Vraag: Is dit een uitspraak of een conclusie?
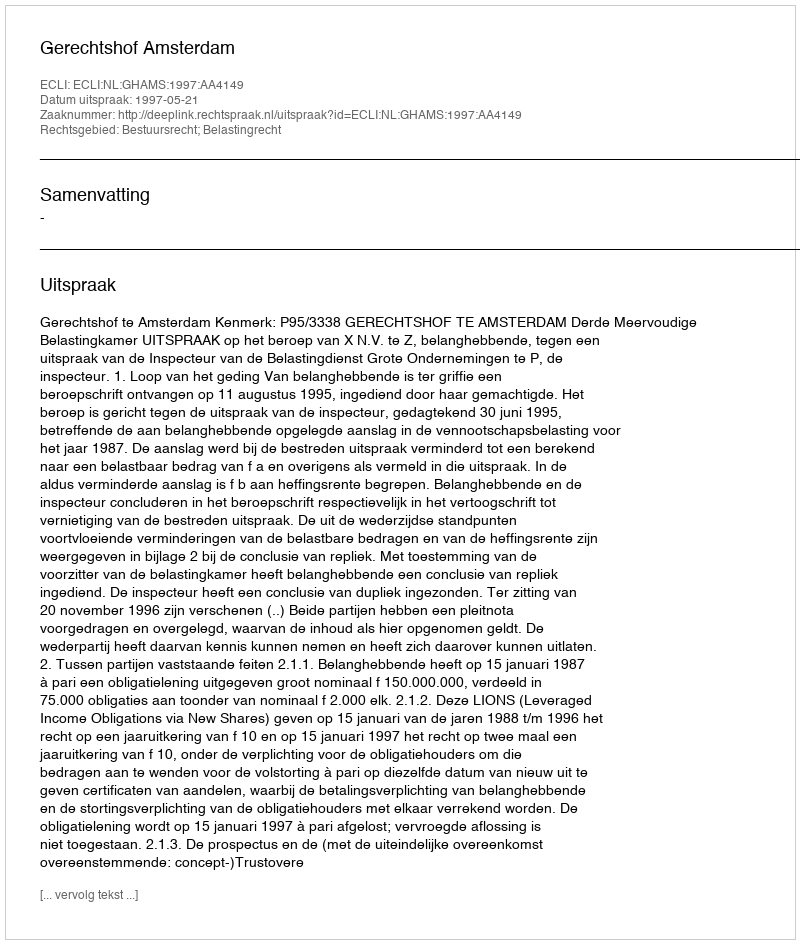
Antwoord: Uitspraak